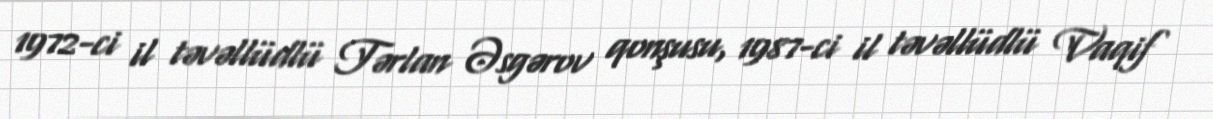
1972-ci il təvəllüdlü Tərlan Əsgərov qonşusu, 1987-ci il təvəllüdlü Vaqif